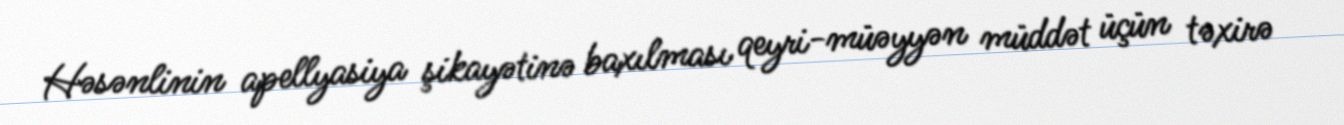
Həsənlinin apellyasiya şikayətinə baxılması qeyri-müəyyən müddət üçün təxirə